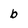
Character: b